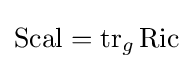
\operatorname {Scal} =\operatorname {tr} _{g}\operatorname {Ric}